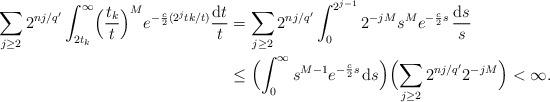
LaTeX: \begin{align*}\sum_{j\ge2}2^{nj/{q'}}\int_{2t_k}^\infty \Bigl(\frac{t_k}{t}\Bigr)^{M}e^{-\frac{c}{2}(2^jtk/t)}\frac{{\rm d}t}{t}&=\sum_{j\ge2}2^{nj/{q'}}\int_0^{2^{j-1}} 2^{-jM}s^{M}e^{-\frac{c}{2}s}\,\frac{{\rm d}s}{s}\\&\le \Bigl(\int_0^\infty s^{M-1}e^{-\frac{c}{2}s}\,{\rm d}s\Bigr)\Bigl(\sum_{j\ge2}2^{nj/{q'}} 2^{-jM}\Bigr)<\infty.\end{align*}